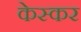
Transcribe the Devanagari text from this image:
केस्कर